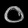
Digit: ၀